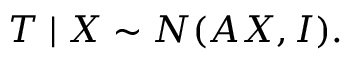
T \mid X \sim N ( A X , I ) .